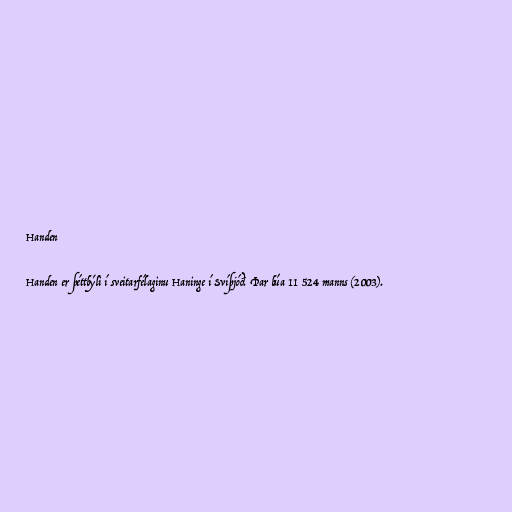
Handen

Handen er þéttbýli í sveitarfélaginu Haninge í Svíþjóð. Þar búa 11 524 manns (2003).